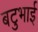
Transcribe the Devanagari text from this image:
बटुभाई